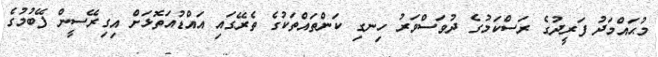
މުޙައްމަދު ފަރީދުގެ ރަސްކަމުގެ ދުވަސްވަރު ހިނގި ކަންތައްތަކުގެ ތެރޭގައި އައްޑުއަތޮޅަށް އިގިރޭސީން ފޭބުމުގެ